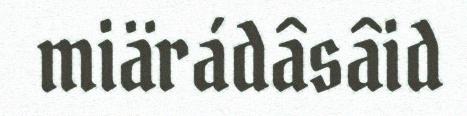
miärádâsâid